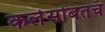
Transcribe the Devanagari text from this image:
कलेसोबतच